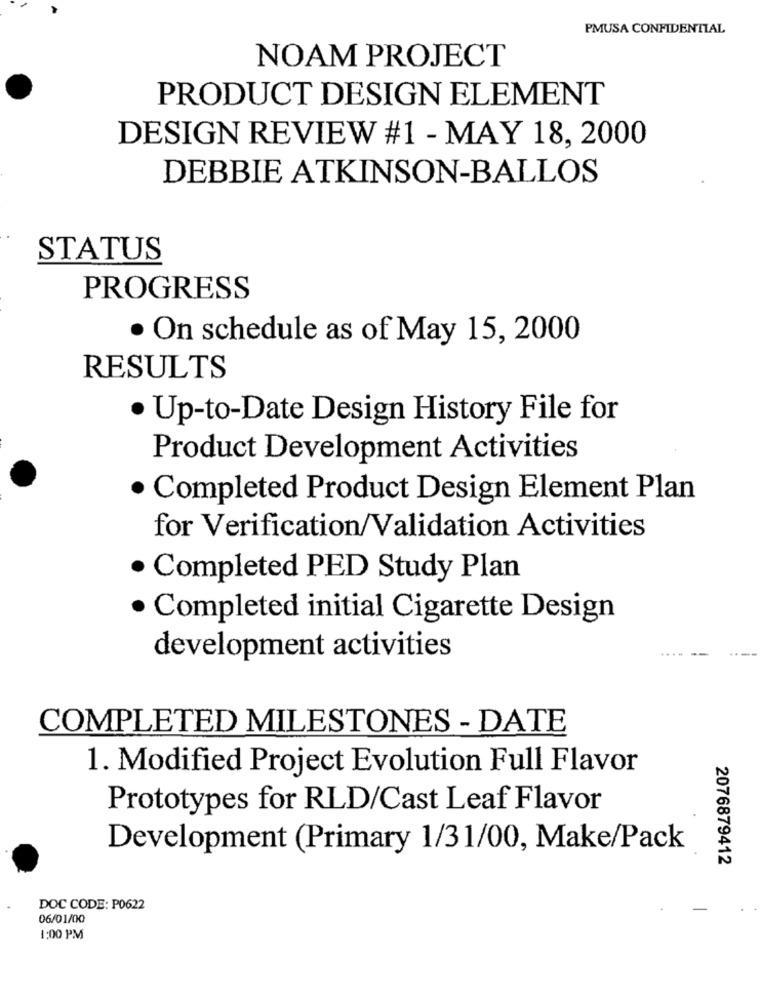
PMUSA CONFIDENTIAL
NOAM PROJECT
PRODUCT DESIGN ELEMENT
DESIGN REVIEW #1 - MAY 18, 2000
DEBBIE ATKINSON-BALLOS
STATUS
PROGRESS
· On schedule as of May 15, 2000
RESULTS
· Up-to-Date Design History File for
Product Development Activities
· Completed Product Design Element Plan
for Verification/Validation Activities
. Completed PED Study Plan
· Completed initial Cigarette Design
....
development activities
COMPLETED MILESTONES - DATE
1. Modified Project Evolution Full Flavor
Prototypes for RLD/Cast Leaf Flavor
Development (Primary 1/31/00, Make/Pack
2076879412
DOC CODE: P0622
06/01/00
1:00 PM